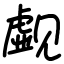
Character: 觑